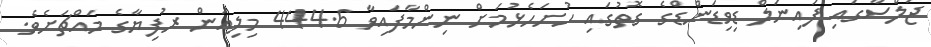
ޖަލްސާގައި ފައިނަލް ޑިވިޑަންޑްގެ ގޮތުގައި ހުށަހެޅުމަށް ނިންމާފައިވާ 444.6 މިލިއަން ރުފިޔާގެ މައްޗަށެވެ.